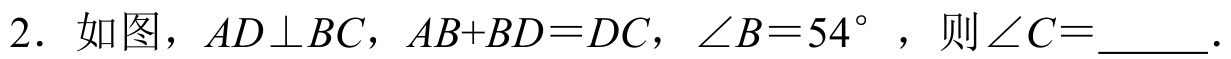
2. 如图，\(AD\perp BC\)，\(AB + BD = DC\)，\(\angle B = 54^{\circ}\)，则\(\angle C=\)______.